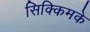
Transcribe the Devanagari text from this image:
सिक्किमके